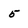
Character: 5